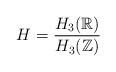
LaTeX: \begin{align*}H=\frac{H_3(\mathbb{R})}{H_3(\mathbb{Z})}\end{align*}